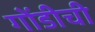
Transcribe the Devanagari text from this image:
गोंडीची